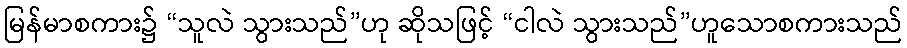
မြန်မာစကား၌ “သူလဲ သွားသည်”ဟု ဆိုသဖြင့် “ငါလဲ သွားသည်”ဟူသောစကားသည်